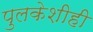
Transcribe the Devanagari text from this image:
पुलकेशीही